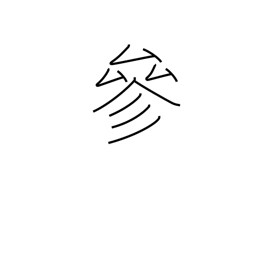
Meaning: coming